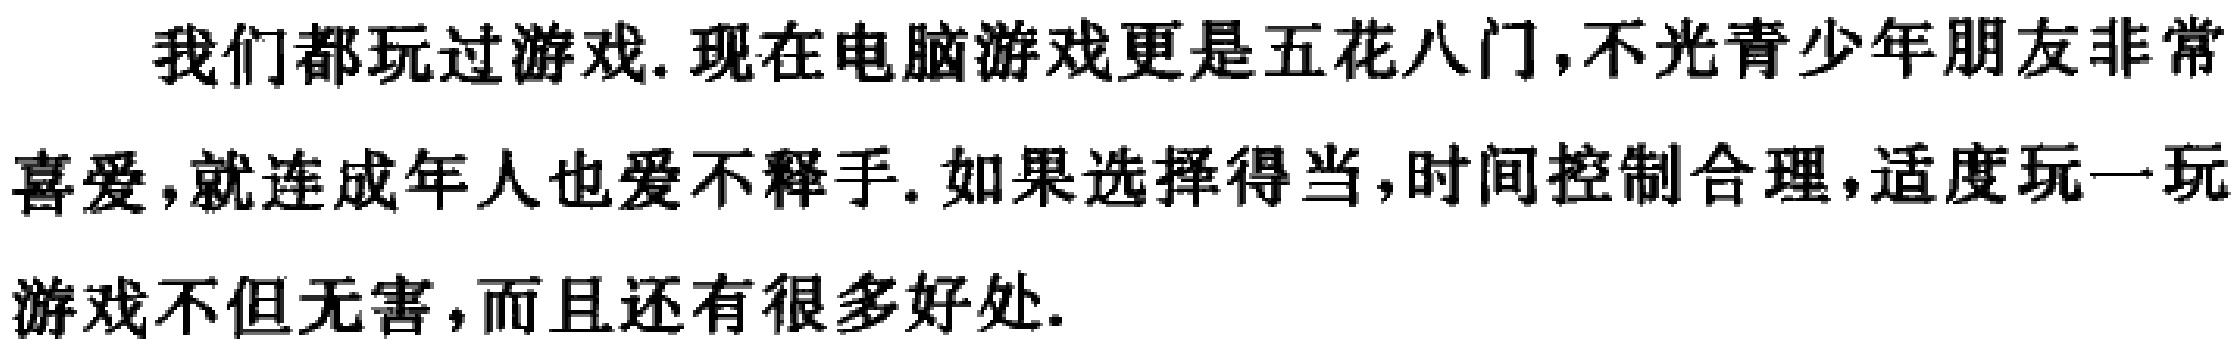
我们都玩过游戏. 现在电脑游戏更是五花八门,不光青少年朋友非常喜爱,就连成年人也爱不释手. 如果选择得当,时间控制合理,适度玩一玩游戏不但无害,而且还有很多好处.